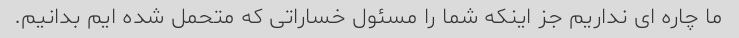
ما چاره ای نداریم جز اینکه شما را مسئول خساراتی که متحمل شده ایم بدانیم.